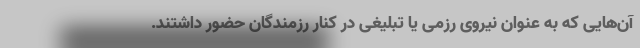
آن‌هایی که به عنوان نیروی رزمی یا تبلیغی در کنار رزمندگان حضور داشتند.